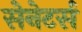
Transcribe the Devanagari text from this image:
सेनेटर्स